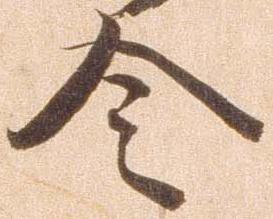
令